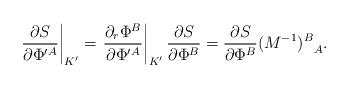
LaTeX: \begin{align*}\left. {\partial S\over \partial \Phi^{\prime A}}\right|_{K^\prime}=\left. {\partial_r \Phi^B\over \partial \Phi^{\prime A}}\right|_{K^\prime}{\partial S\over \partial \Phi^B}={\partial S\over \partial \Phi^B}{(M^{-1})^B}_A.\end{align*}